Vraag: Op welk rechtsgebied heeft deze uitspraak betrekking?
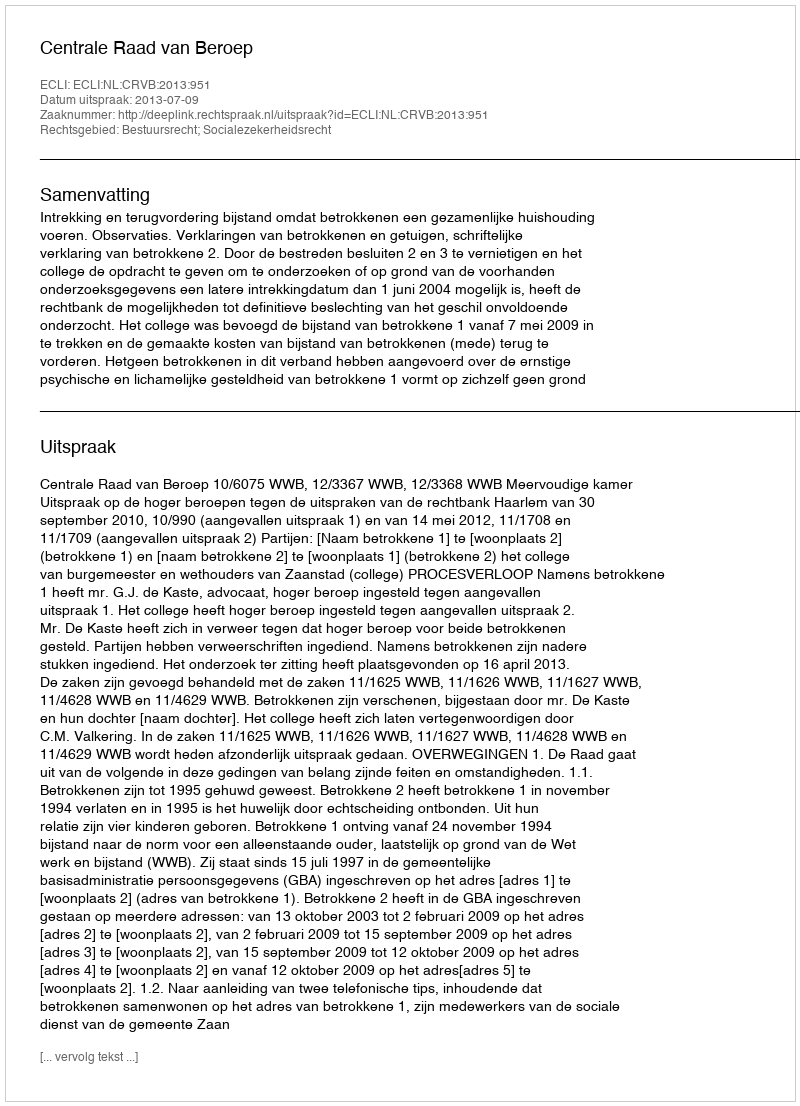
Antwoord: Bestuursrecht; Socialezekerheidsrecht